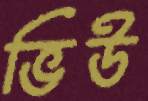
ভিউ